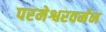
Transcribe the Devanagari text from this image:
परमेश्वरवर्मन